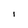
Character: i